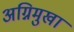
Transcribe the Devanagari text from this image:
अग्निमुखा